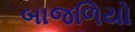
બાજળિયો